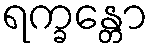
ရက္ခန္တော